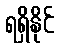
ရရှိနိုင်